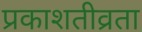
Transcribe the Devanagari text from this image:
प्रकाशतीव्रता